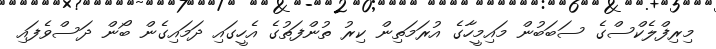
މިރިފްލެކްސްގެ ސަބަބުން މައިމީހާގެ އުރަމަތިން ކިރު ތުންފަތުގެ އެހީގައި ދަމައިގެން ބޯން ދަސްވެފައި